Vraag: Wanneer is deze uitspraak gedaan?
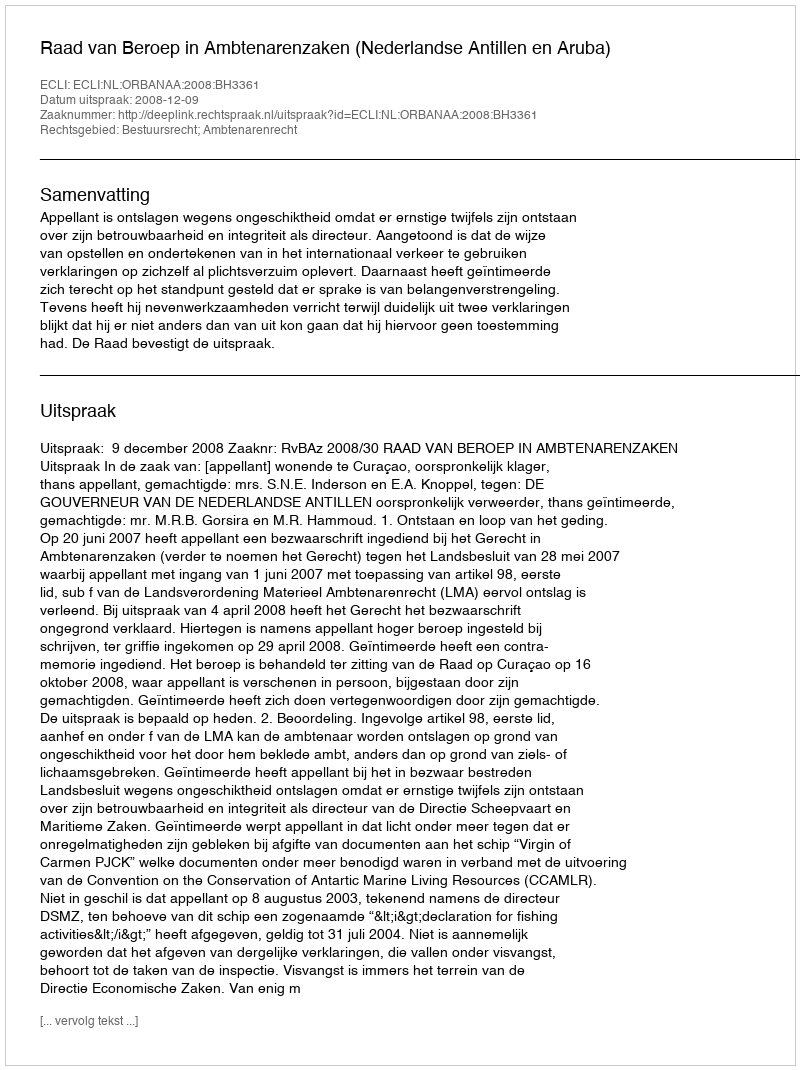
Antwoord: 2008-12-09